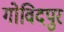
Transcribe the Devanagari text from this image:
गोविदपुर